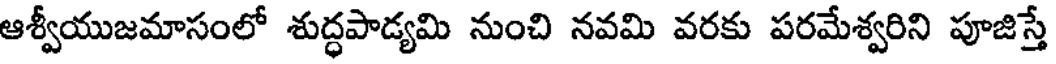
ఆశ్వీయుజమాసంలో శుద్ధపాడ్యమి నుంచి నవమి వరకు పరమేశ్వరిని పూజిస్తే